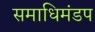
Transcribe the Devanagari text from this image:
समाधिमंडप